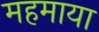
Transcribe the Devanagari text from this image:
महमाया